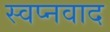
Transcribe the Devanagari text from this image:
स्वप्नवाद